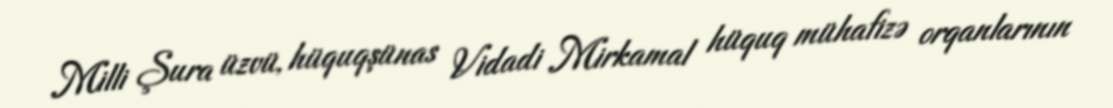
Milli Şura üzvü, hüquqşünas Vidadi Mirkamal hüquq mühafizə orqanlarının